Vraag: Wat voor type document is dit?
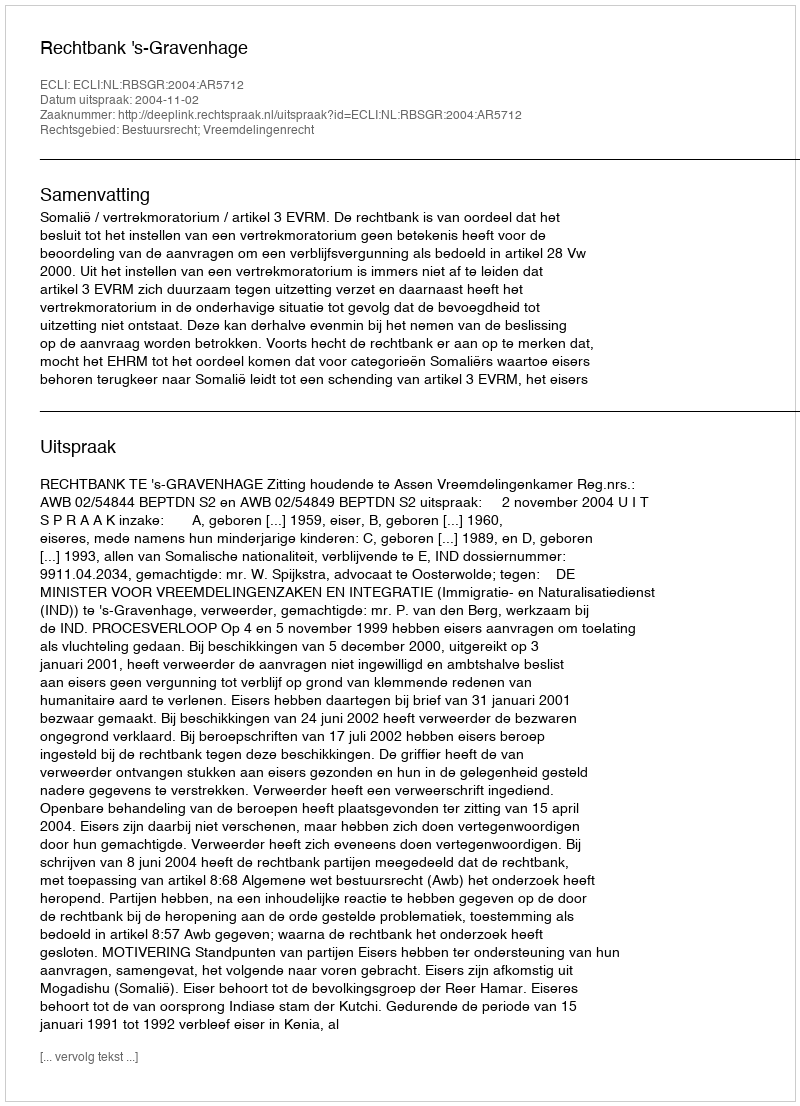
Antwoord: Uitspraak